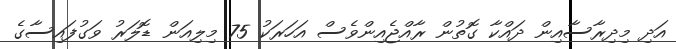
އަދި މިދިރާސާއިން ދައްކާ ގޮތުން ރާއްޖެއިންވެސް އަހަރަކު 75 މިލިއަން ޑޮލަރު ވަގުފައިސާގެ